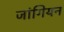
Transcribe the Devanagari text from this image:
जांगियन